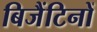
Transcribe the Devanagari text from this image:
बिजैंटिनों